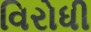
વિરોધી